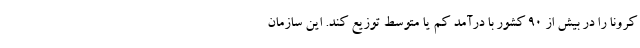
کرونا را در بیش از 90 کشور با درآمد کم یا متوسط توزیع کند. این سازمان